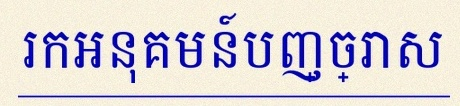
រកអនុគមន៍បញ្ច្រាស